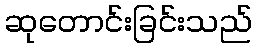
ဆုတောင်းခြင်းသည်